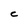
Character: C